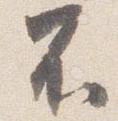
不